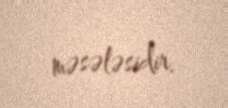
məsələsidir.